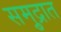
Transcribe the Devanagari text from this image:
समु्द्रात